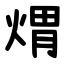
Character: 煟